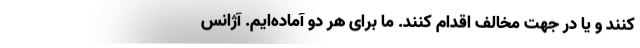
کنند و یا در جهت مخالف اقدام کنند. ما برای هر دو آماده‌ایم. آژانس